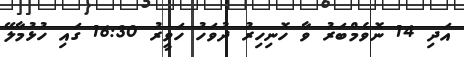
އަދި 14 ނޮވެމްބަރު ވާ ހޮނިހިރު ދުވަހު ހަވީރު 16:30 ގައި ހުޅުމާލޭ